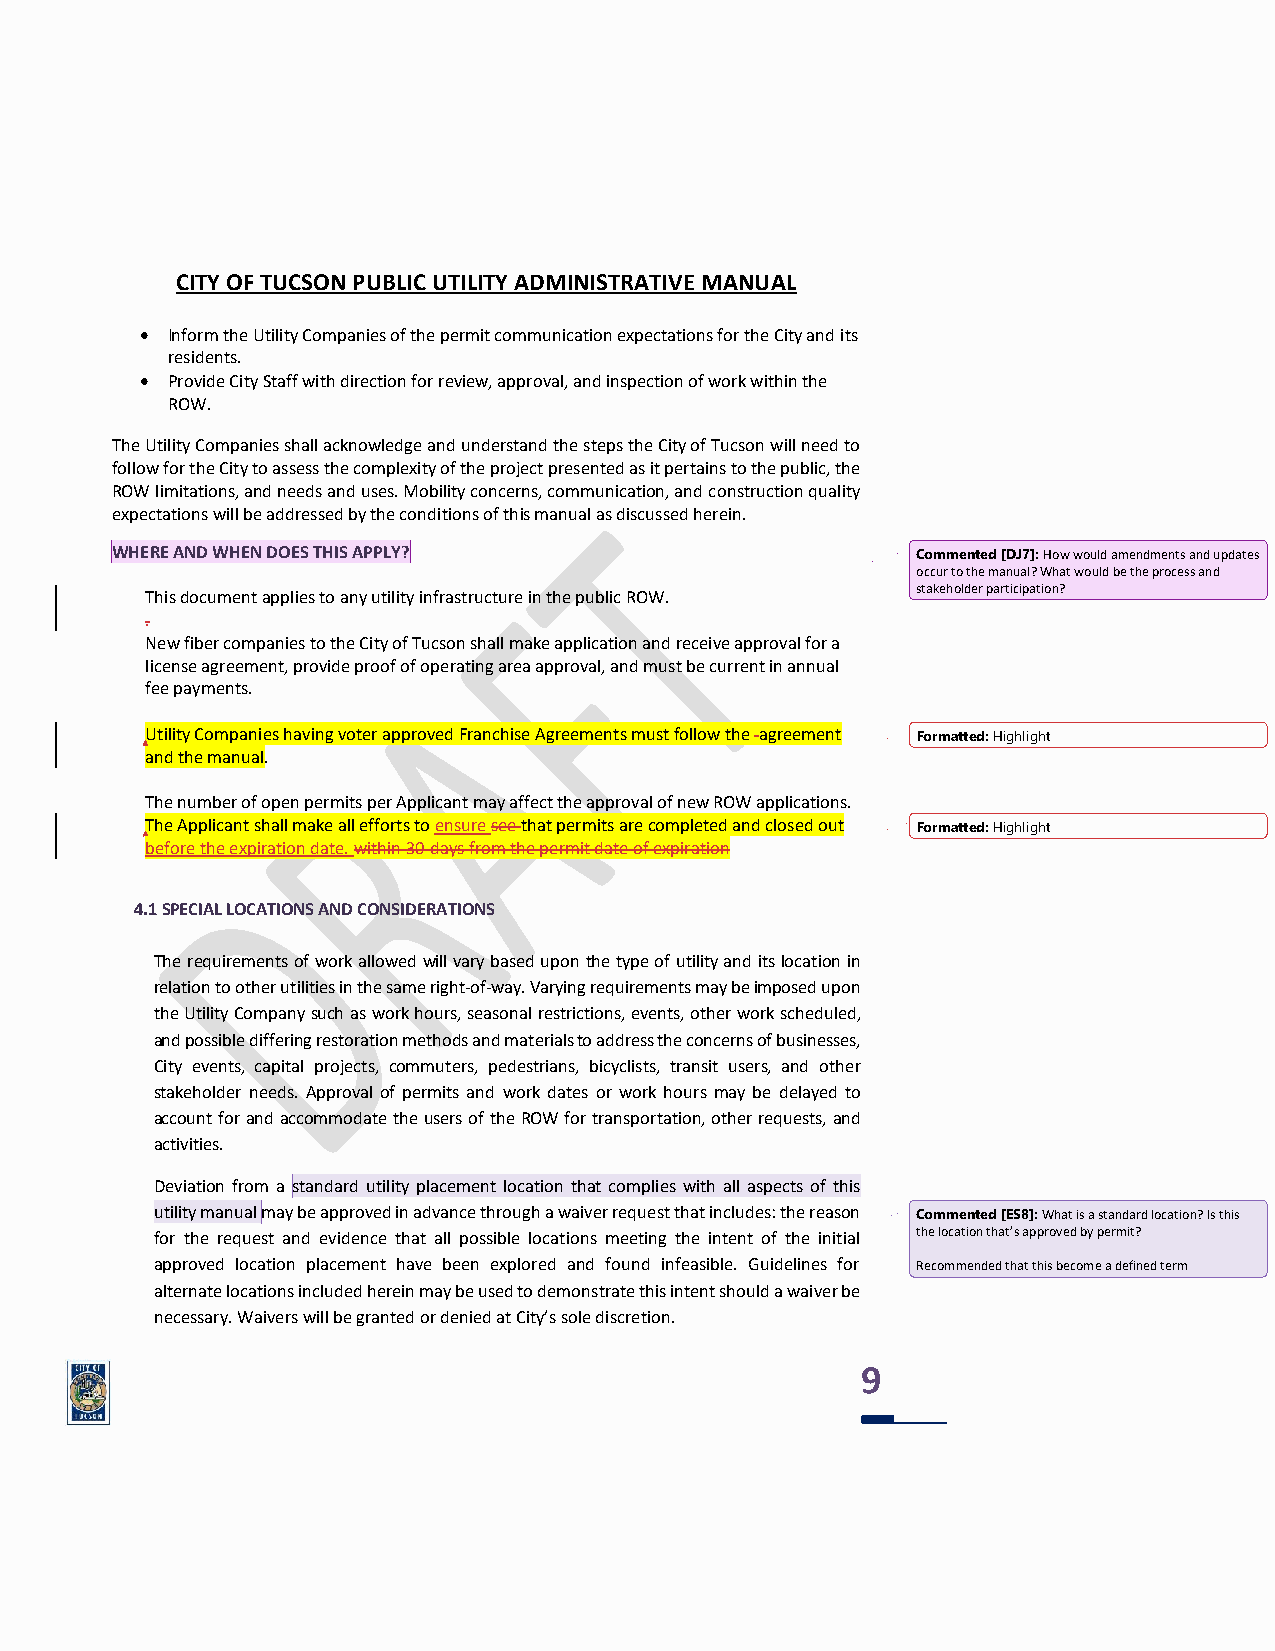
CITY OF TUCSON PUBLIC UTILITY ADMINISTRATIVE MANUAL
 • Inform the Utility Companies of the permit communication expectations for the City and its
 residents.
 • Provide City Staff with direction for review, approval, and inspection of work within the
 ROW.
 The Utility Companies shall acknowledge and understand the steps the City of Tucson will need to
 follow for the City to assess the complexity of the project presented as it pertains to the public, the
 ROW limitations, and needs and uses. Mobility concerns, communication, and construction quality
 expectations will be addressed by the conditions of this manual as discussed herein.
 WHERE AND WHEN DOES THIS APPLY?                       Commented [DJ7]: How would amendments and updates
 occur to the manual? What would be the process and
 stakeholder participation?
 This document applies to any utility infrastructure in the public ROW.
 .
 New fiber companies to the City of Tucson shall make application and receive approval for a
 license agreement, provide proof of operating area approval, and must be current in annual
 fee payments.
 Utility Companies having voter approved Franchise Agreements must follow the agreement Formatted: Highlight
 and the manual.
 The number of open permits per Applicant may affect the approval of new ROW applications.
 The Applicant shall make all efforts to ensure see that permits are completed and closed out Formatted: Highlight
 before the expiration date. within 30-days from the permit date of expiration
 4.1 SPECIAL LOCATIONS AND CONSIDERATIONS
 The requirements of work allowed will vary based upon the type of utility and its location in
 relation to other utilities in the same right-of-way. Varying requirements may be imposed upon
 the Utility Company such as work hours, seasonal restrictions, events, other work scheduled,
 and possible differing restoration methods and materials to address the concerns of businesses,
 City events, capital projects, commuters, pedestrians, bicyclists, transit users, and other
 stakeholder needs. Approval of permits and work dates or work hours may be delayed to
 account for and accommodate the users of the ROW for transportation, other requests, and
 activities.
 Deviation from a standard utility placement location that complies with all aspects of this
 utility manual may be approved in advance through a waiver request that includes: the reason Commented [ES8]: What is a standard location? Is this
 for the request and evidence that all possible locations meeting the intent of the initial the location that’s approved by permit?
 approved location placement have been explored and found infeasible. Guidelines for Recommended that this become a defined term
 alternate locations included herein may be used to demonstrate this intent should a waiver be
 necessary. Waivers will be granted or denied at City’s sole discretion.
 9